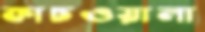
কাচওয়ালা